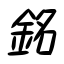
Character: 銘